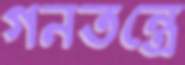
গনতন্ত্রে